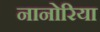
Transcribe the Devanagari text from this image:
नानोरिया